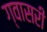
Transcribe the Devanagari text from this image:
ग्वासरी